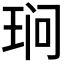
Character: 𮴖